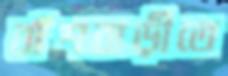
বাঁশবাড়ীতে